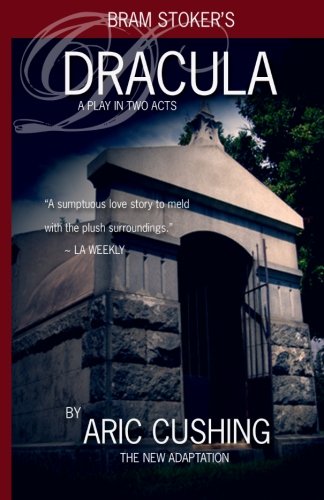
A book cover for Dracula: A Play in Two Acts; Bram Stoker; Literature & Fiction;